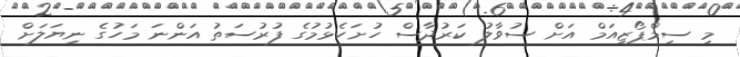
މި ސިމްޕޯޒިއަމް އަށް ސުވާލު ކަރުދާސް ހުށަހެޅުމުގެ ފުރުސަތު އަންނަ މަހުގެ ނިޔަލަށް